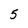
Character: 5